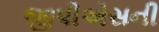
જીપીએસની